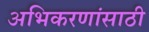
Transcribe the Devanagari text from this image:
अभिकरणांसाठी